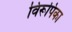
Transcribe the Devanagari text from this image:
विरूपिका